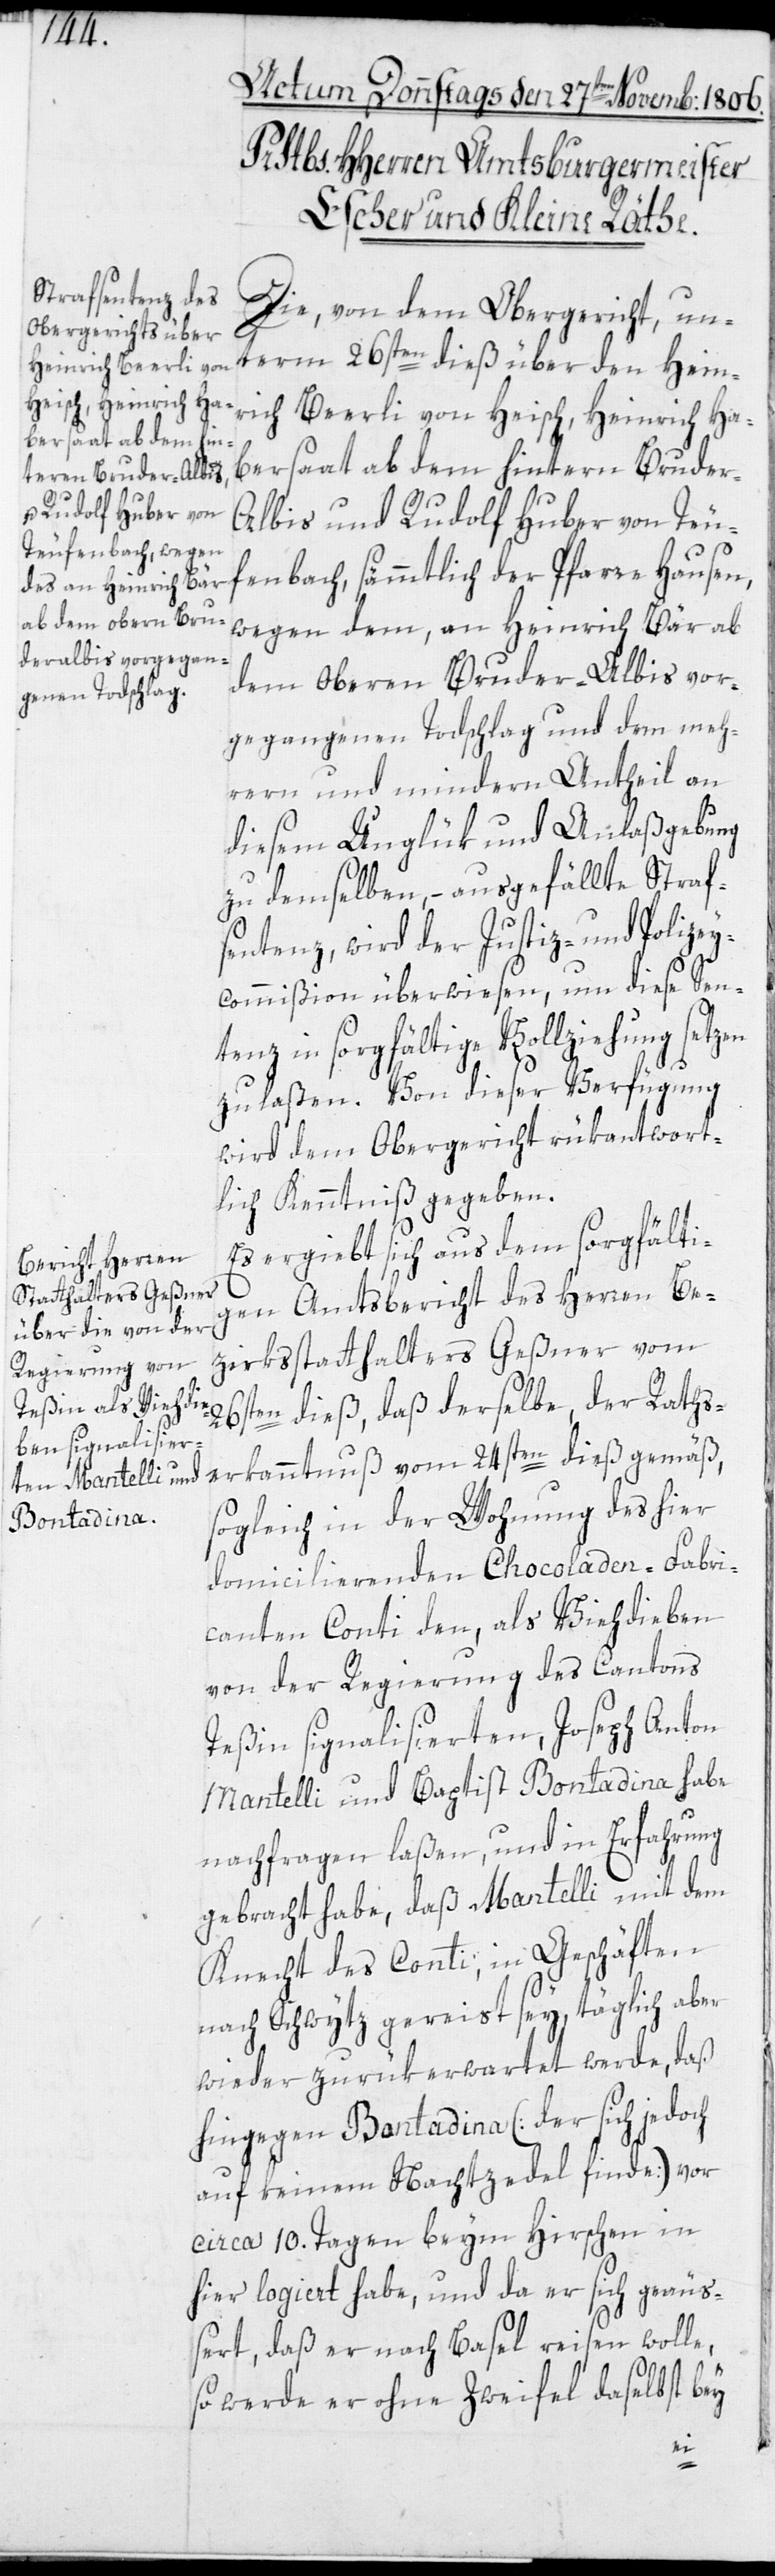
Die von dem Obergericht, un¬
term 26sten dieß über den Hein¬
rich Beerli von Heisch, Heinrich Ha¬
bersaat ab dem hintern Brude¬
r-Albis, und Rudolf Huber von Teu¬
fenbach, sämmtlich der Pfarre Hausen,
wegen dem, an Heinrich Bär ab
dem oberen Bruder-Albis vor¬
gegangenen Todschlag und dem meh¬
rern und mindern Antheil an
diesem Unglük und Anlaßgebung
zu demselben, – ausgefällte Straf¬
sentenz, wird der Justiz- und Polize¬
y-Commißion überwiesen, um diese Sent¬
enz in sorgfältige Vollziehung set¬
zu laßen. Von dieser Verfügung
wird dem Obergericht rükantwort¬
liche Kenntniß gegeben.
Es ergiebt sich aus dem sorgfälti¬
gen Amtsbericht des Herren Be¬
zirksstatthalters Geßner vom
26sten dieß, daß derselbe, der Raths¬
erkanntnuß vom 24sten dieß gemäß,
sogleich in der Wohnung des hier
domicilierenden Chocoladen-Fabri¬
canten Conti den, als Viehdieben
von der Regierung des Cantons
Teßin signalisierten, Joseph Anton
Mantelli und Baptist Bontadina habe
nachfragen laßen, und in Erfahrung
gebracht habe, daß Mantelli mit dem
Knecht des Conti, in Geschäften
nach Schwytz gereist sey, täglich aber
wieder zurükerwartet werde, daß
hingegen Bontadina [der sich jedoch
auf keinem Nachtzedel finde] vor
circa 10. Tagen beim Hirschen in
hier logiert habe, und da er sich geäuß¬
ert, daß er nach Basel reisen wolle,
so werde er ohne Zweifel daselbst bey
zen